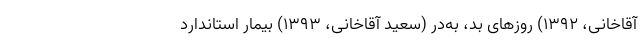
آقاخانی، ۱۳۹۲) روزهای بد، به‌در (سعید آقاخانی، ۱۳۹۳) بیمار استاندارد